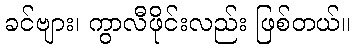
ခင်ဗျား၊ ကွာလီဖိုင်းလည်း ဖြစ်တယ်။